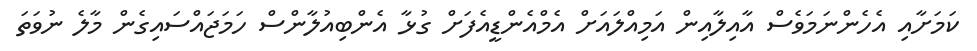
ކަމަށާއި އެހެންނަމަވެސް އާއިލާއިން އަމިއްލައަށް އެމްއެންޑީއެފަށް ގުޅާ އެންބިއުލާންސް ހަމަޖައްސައިގެން މާލެ ނުވަތަ